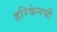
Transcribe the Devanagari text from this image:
हरिकेनची